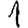
Digit: 1